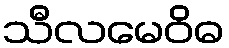
သီလမေဝိဓ